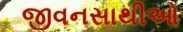
જીવનસાથીઓ